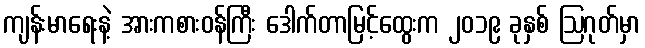
ကျန်းမာရေးနဲ့ အားကစားဝန်ကြီး ဒေါက်တာမြင့်ထွေးက ၂၀၁၉ ခုနှစ် ဩဂုတ်မှာ